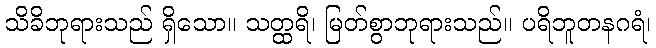
သိခိဘုရားသည် ရှိသော။ သတ္ထရိ၊ မြတ်စွာဘုရားသည်။ ပရိဘူတနဂရံ၊